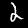
Label: 2